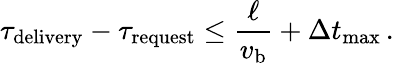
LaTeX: \tau_{\mathrm{delivery}}-\tau_{\mathrm{request}}\le\frac{\ell}{v_{\mathrm{b}}}+\Delta t_{\mathrm{max}}\, .